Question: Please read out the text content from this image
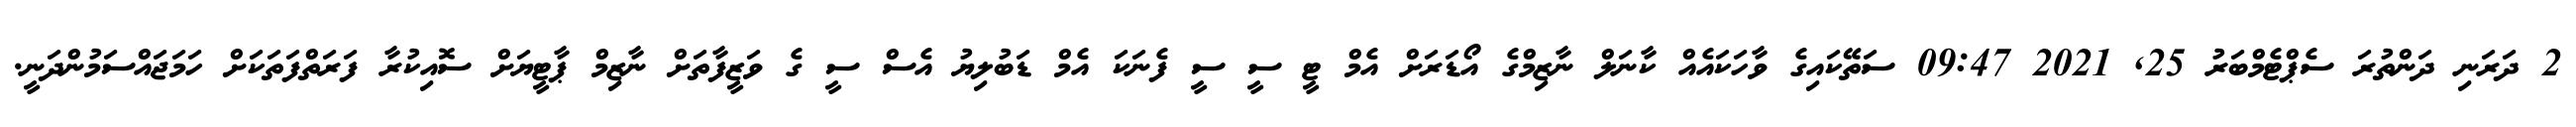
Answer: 2 ދަރަނި ދަންތުރަ ސެޕްޓެމްބަރު 25, 2021 09:47 ސަތޭކައިގެ ވާހަކައެއް ކާނަލް ނާޒިމްގެ އޯޑަރަށް އެމް ޓީ ސީ ސީ ފެނަކަ އެމް ޑަބުލިޔު އެސް ސީ ގެ ވަޒީފާތަށް ނާޒިމް ޕާޓީޔަށް ސޮއިކުރާ ފަރަތްފަތަކަށް ހަމަޖައްސަމުންދަނީ.